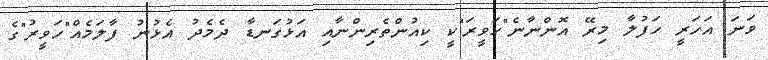
ވަނަ އަހަރީ ހަފުލާ މިރޭ އޮންނާނެ"ހަވީރަ"ކީ ކިއުންތެރިންނާއި އަޅުގަނޑާ ދެމެދު އެޅުނު ފާލަމެއް"ހަވީރު"ގެ